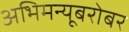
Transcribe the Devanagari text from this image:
अभिमन्यूबरोबर